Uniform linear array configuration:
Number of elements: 64
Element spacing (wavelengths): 1
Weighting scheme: binomial
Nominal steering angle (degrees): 30
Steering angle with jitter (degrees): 30.099
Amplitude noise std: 0.05
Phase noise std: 0.05

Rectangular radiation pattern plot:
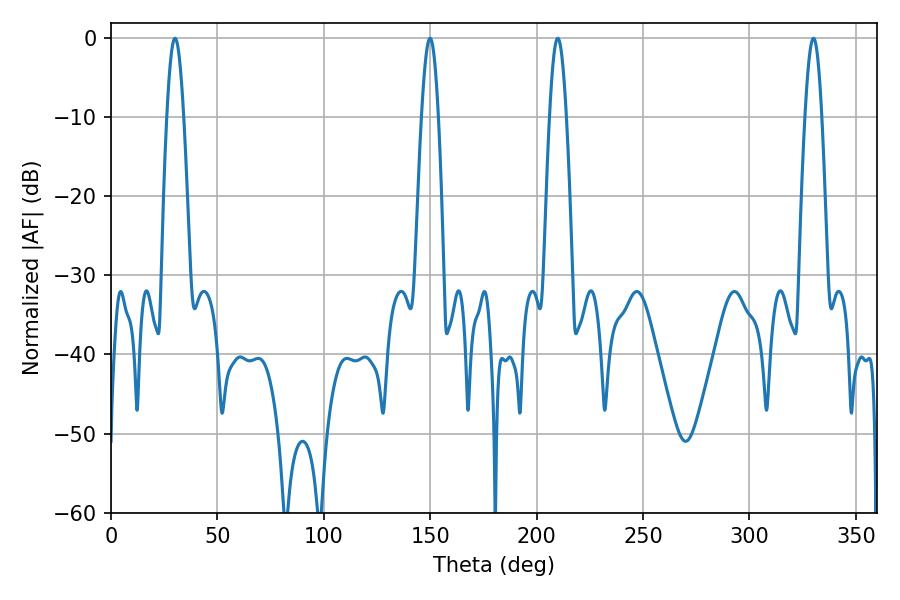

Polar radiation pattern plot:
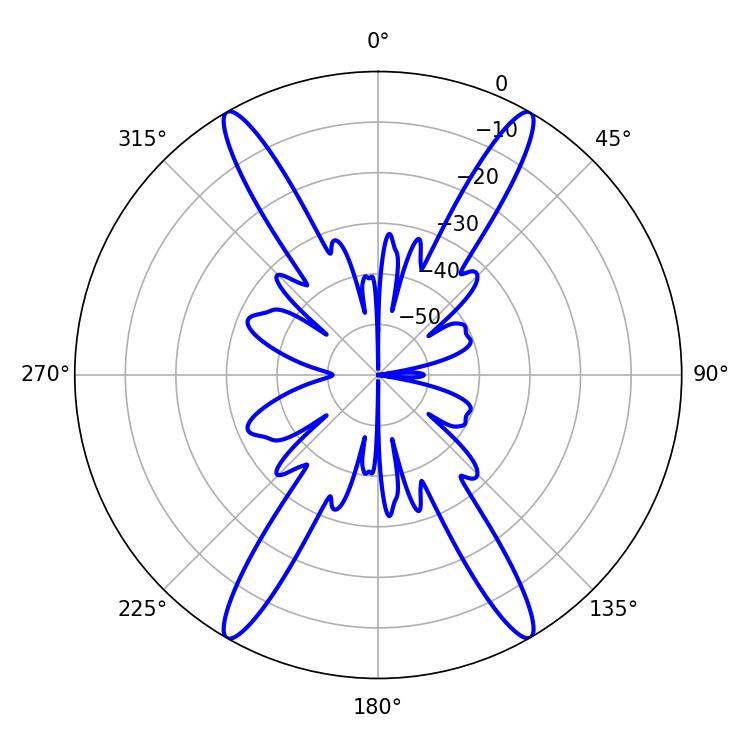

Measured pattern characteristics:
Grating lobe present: TRUE
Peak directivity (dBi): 37.103
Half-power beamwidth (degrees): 4.14
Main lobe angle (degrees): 30.06